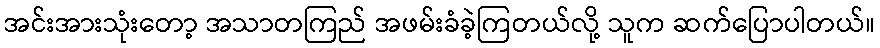
အင်းအားသုံးတော့ အသာတကြည် အဖမ်းခံခဲ့ကြတယ်လို့ သူက ဆက်ပြောပါတယ်။